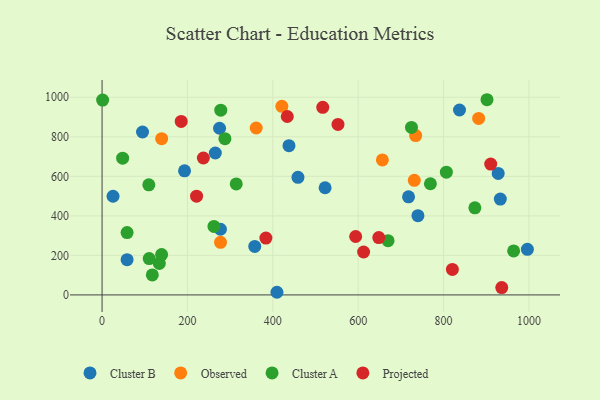
{"axis": {"x": "Experience", "y": "Rating"}, "legend": ["Cluster A", "Cluster B", "Observed", "Projected"], "data": [{"x": "265.3", "y": 718.0, "type": "Cluster B"}, {"x": "277.3", "y": 332.3, "type": "Cluster B"}, {"x": "996.4", "y": 230.8, "type": "Cluster B"}, {"x": "928.0", "y": 614.8, "type": "Cluster B"}, {"x": "357.7", "y": 245.1, "type": "Cluster B"}, {"x": "409.7", "y": 13.4, "type": "Cluster B"}, {"x": "275.2", "y": 843.1, "type": "Cluster B"}, {"x": "837.4", "y": 935.5, "type": "Cluster B"}, {"x": "718.0", "y": 496.2, "type": "Cluster B"}, {"x": "94.8", "y": 824.2, "type": "Cluster B"}, {"x": "193.2", "y": 627.8, "type": "Cluster B"}, {"x": "933.0", "y": 484.7, "type": "Cluster B"}, {"x": "522.5", "y": 542.1, "type": "Cluster B"}, {"x": "58.6", "y": 178.5, "type": "Cluster B"}, {"x": "437.9", "y": 755.1, "type": "Cluster B"}, {"x": "25.7", "y": 499.2, "type": "Cluster B"}, {"x": "740.0", "y": 400.9, "type": "Cluster B"}, {"x": "458.9", "y": 594.8, "type": "Cluster B"}, {"x": "734.7", "y": 806.3, "type": "Observed"}, {"x": "656.7", "y": 682.8, "type": "Observed"}, {"x": "139.6", "y": 790.6, "type": "Observed"}, {"x": "882.3", "y": 892.8, "type": "Observed"}, {"x": "421.2", "y": 953.9, "type": "Observed"}, {"x": "361.1", "y": 844.4, "type": "Observed"}, {"x": "277.5", "y": 266.2, "type": "Observed"}, {"x": "731.5", "y": 579.7, "type": "Observed"}, {"x": "109.5", "y": 557.1, "type": "Cluster A"}, {"x": "724.9", "y": 847.4, "type": "Cluster A"}, {"x": "964.2", "y": 222.6, "type": "Cluster A"}, {"x": "117.7", "y": 101.1, "type": "Cluster A"}, {"x": "134.1", "y": 159.6, "type": "Cluster A"}, {"x": "110.4", "y": 184.0, "type": "Cluster A"}, {"x": "48.2", "y": 691.7, "type": "Cluster A"}, {"x": "278.1", "y": 934.5, "type": "Cluster A"}, {"x": "287.8", "y": 790.3, "type": "Cluster A"}, {"x": "1.3", "y": 985.5, "type": "Cluster A"}, {"x": "806.6", "y": 621.0, "type": "Cluster A"}, {"x": "901.8", "y": 987.5, "type": "Cluster A"}, {"x": "262.1", "y": 346.3, "type": "Cluster A"}, {"x": "58.6", "y": 315.6, "type": "Cluster A"}, {"x": "314.3", "y": 561.5, "type": "Cluster A"}, {"x": "873.4", "y": 440.8, "type": "Cluster A"}, {"x": "139.5", "y": 204.3, "type": "Cluster A"}, {"x": "769.2", "y": 562.4, "type": "Cluster A"}, {"x": "670.0", "y": 274.2, "type": "Cluster A"}, {"x": "221.4", "y": 499.7, "type": "Projected"}, {"x": "594.1", "y": 295.5, "type": "Projected"}, {"x": "433.9", "y": 902.7, "type": "Projected"}, {"x": "552.7", "y": 862.6, "type": "Projected"}, {"x": "383.8", "y": 287.4, "type": "Projected"}, {"x": "237.3", "y": 692.7, "type": "Projected"}, {"x": "820.7", "y": 128.9, "type": "Projected"}, {"x": "910.5", "y": 661.9, "type": "Projected"}, {"x": "936.4", "y": 37.1, "type": "Projected"}, {"x": "517.0", "y": 948.9, "type": "Projected"}, {"x": "185.4", "y": 877.9, "type": "Projected"}, {"x": "612.7", "y": 217.1, "type": "Projected"}, {"x": "648.3", "y": 289.9, "type": "Projected"}]}